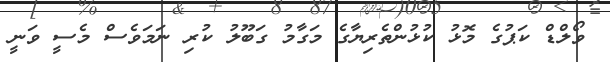
ވޯލްޑް ކަޕުގެ މޮޅު ކުޅުންތެރިޔާގެ މަގާމު ގަބޫލު ކުރި ނަމަވެސް މެސީ ވަނީ